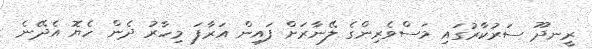
ރީނދޫ ސަރުކާރުގައި މަސްވެރިންގެ ލޭނާރަށް ފައިން އަރާފަ މިހާރު ދެން ހެޔޮ އެދޭނެ